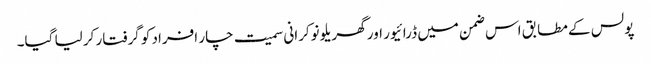
پولس کے مطابق اس ضمن میں ڈرائیور اور گھریلو نوکرانی سمیت چار افراد کو گرفتار کر لیا گیا۔